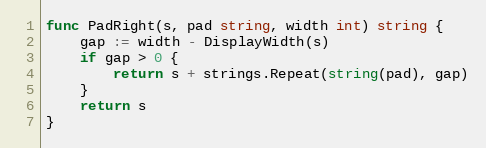
Language: Go
func PadRight(s, pad string, width int) string {
	gap := width - DisplayWidth(s)
	if gap > 0 {
		return s + strings.Repeat(string(pad), gap)
	}
	return s
}